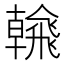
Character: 𩙶